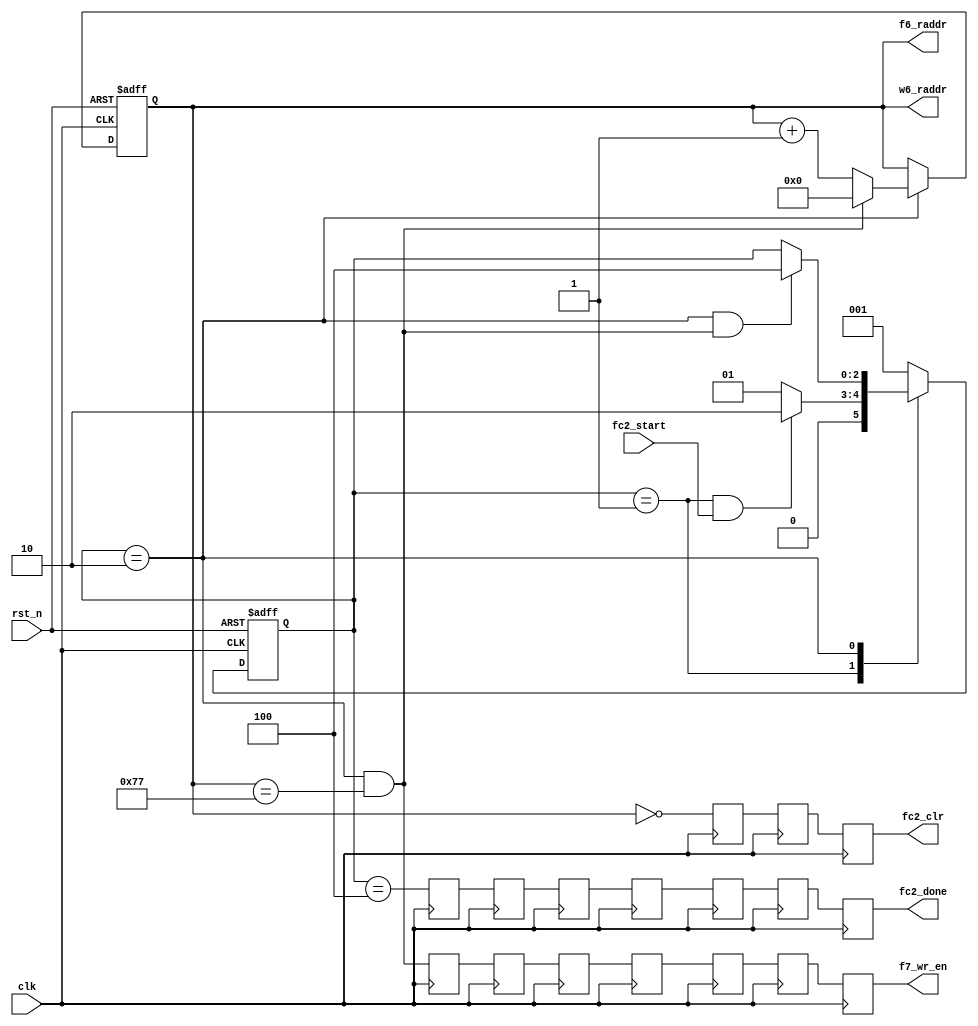
//==================================================================================================
//  Revision      : 
//  Company       : UESTC
//
//  Description   : 
//
//
//==================================================================================================
module fc2_ctrl(/*autoport*/
//output
			f6_raddr,
			w6_raddr,
			f7_wr_en,
			fc2_done,
			fc2_clr,
//input
			clk,
			rst_n,
			fc2_start);
	input clk;
	input rst_n;

	//Input Weight and Feature Read Addr
	output [6:0]f6_raddr;
	output [6:0]w6_raddr;
	//Output Feature Write Enable
	output      f7_wr_en;
	//Control Signal
	input fc2_start;
	output fc2_done;
	output fc2_clr;

	localparam	IDLE=3'b001;
	localparam  RUN =3'b010;
	localparam  DONE=3'b100;
	reg[2:0] current_state;
	reg[2:0] next_state;

	reg[6:0] cnt0;

	wire add_cnt0,end_cnt0;
	wire IDLE2RUN_start,RUN2DONE_start;

	always@(posedge clk or negedge rst_n)begin
		if(!rst_n)
			current_state <= IDLE;
		else
			current_state <= next_state;
	end

	always@(*) begin
		case(current_state)
			IDLE:begin
				if(IDLE2RUN_start)
					next_state = RUN;
				else
					next_state = IDLE;
			end
			RUN:begin
				if(RUN2DONE_start)
					next_state = DONE;
				else begin
					next_state = current_state;
				end
			end
			DONE:begin
				next_state = IDLE;
			end
			default: next_state = IDLE;	
		endcase
	end

	assign IDLE2RUN_start = current_state==IDLE && fc2_start == 1'b1;
	assign RUN2DONE_start = current_state==RUN  && end_cnt0;

	always @(posedge clk or negedge  rst_n) begin
		if (!rst_n) begin
			// reset
			cnt0 <= 0;
		end
		else if (add_cnt0) begin
			if(end_cnt0)begin
				cnt0 <= 0;
			end
			else begin
				cnt0 <= cnt0 + 1'b1;
			end
		end
	end

	assign add_cnt0 = current_state==RUN;
	assign end_cnt0 = add_cnt0 && cnt0 == 120-1;

	assign f6_raddr = cnt0;
	assign w6_raddr = cnt0;


	wire f7_wr_en_temp,fc2_clr_temp,fc2_done_temp;
	assign f7_wr_en_temp = end_cnt0;
	assign fc2_clr_temp = cnt0==0 ;
	assign fc2_done_temp = current_state==DONE;
	//add delay
	reg fc2_clr_temp_r1,fc2_clr_temp_r2;
	(* max_fanout = 50 *)reg fc2_clr_temp_r3;
	reg f7_wr_en_temp_r1,f7_wr_en_temp_r2,f7_wr_en_temp_r3,
			f7_wr_en_temp_r4,f7_wr_en_temp_r5,f7_wr_en_temp_r6;
	(* max_fanout = 50 *)reg f7_wr_en_temp_r7;
	reg fc2_done_temp_r1,fc2_done_temp_r2,fc2_done_temp_r3,
			fc2_done_temp_r4,fc2_done_temp_r5,fc2_done_temp_r6,fc2_done_temp_r7;
	//addr2data 2; mac 3;bias 1;relu 1;
	always@(posedge clk)begin

    	f7_wr_en_temp_r1 <= f7_wr_en_temp ;
    	f7_wr_en_temp_r2 <= f7_wr_en_temp_r1 ;
    	f7_wr_en_temp_r3 <= f7_wr_en_temp_r2 ;
    	f7_wr_en_temp_r4 <= f7_wr_en_temp_r3 ;
    	f7_wr_en_temp_r5 <= f7_wr_en_temp_r4 ;
    	f7_wr_en_temp_r6 <= f7_wr_en_temp_r5 ;
    	f7_wr_en_temp_r7 <= f7_wr_en_temp_r6 ;

   		fc2_done_temp_r1 <= fc2_done_temp;
    	fc2_done_temp_r2 <= fc2_done_temp_r1;
    	fc2_done_temp_r3 <= fc2_done_temp_r2;
    	fc2_done_temp_r4 <= fc2_done_temp_r3;
    	fc2_done_temp_r5 <= fc2_done_temp_r4;
    	fc2_done_temp_r6 <= fc2_done_temp_r5;
    	fc2_done_temp_r7 <= fc2_done_temp_r6;
//fc_clr should assert at 2nd cycle of mac,DSP include 1, so here is 2 + 2 -1
    	fc2_clr_temp_r1 <= fc2_clr_temp ;    
    	fc2_clr_temp_r2 <= fc2_clr_temp_r1 ;
    	fc2_clr_temp_r3 <= fc2_clr_temp_r2 ;

	end

	assign f7_wr_en = f7_wr_en_temp_r7;
	assign fc2_clr = fc2_clr_temp_r3;
	assign fc2_done = fc2_done_temp_r7;


endmodule